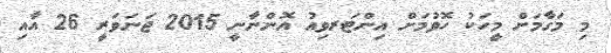
މި މަގާމަށް މީހަކު ހޮވުމަށް އިންޓަރވިއު އޮންނާނީ 2015 ޖަނަވަރީ 26 އާއި